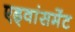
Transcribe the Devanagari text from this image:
एड्वांसमेंट